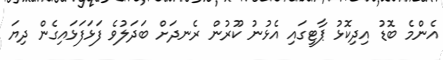
އެންމެ ބޮޑު އިދިކޮޅު ޕާޓީގައި އެޅުނު ކޫރުން ރެނދަށް ބަދަލުވެ ފަޅަފަޅައިގެން ދިޔަ